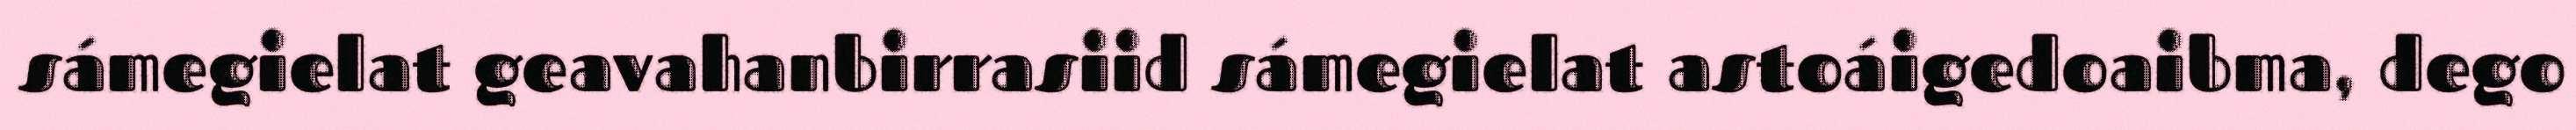
sámegielat geavahanbirrasiid sámegielat astoáigedoaibma, dego